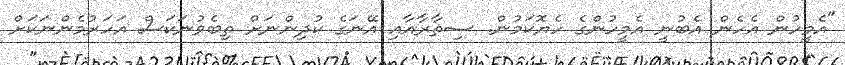
"އެމީހުން އެހެން އެބުނީ އެމީހުންގެ ހެޔޮކަމުން. ސިތާރާއާއި އޭނަގެ ކުދިންނަށް ތިބެވުނަކަސް އަހަރުމެންނަކަށް